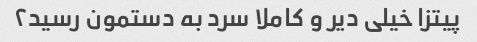
پیتزا خیلی دیر و کاملا سرد به دستمون رسید۲